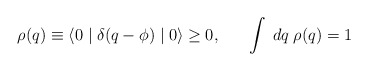
\begin{align*}\rho(q) \equiv \langle 0 \mid \delta(q-\phi)\mid 0 \rangle \geq 0 , \; \; \; \; \; \; \int \; dq \; \rho(q) = 1 \end{align*}